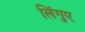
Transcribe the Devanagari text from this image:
लिंगुए